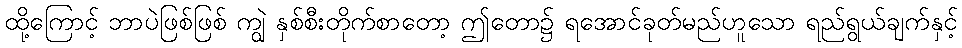
ထို့ကြောင့် ဘာပဲဖြစ်ဖြစ် ကျွဲ နှစ်စီးတိုက်စာတော့ ဤတော၌ ရအောင်ခုတ်မည်ဟူသော ရည်ရွယ်ချက်နှင့်